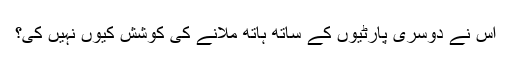
اس نے دوسری پارٹیوں کے ساتھ ہاتھ ملانے کی کوشش کیوں نہیں کی؟